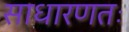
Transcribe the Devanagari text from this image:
साधारणतः